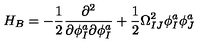
H _ { B } = - \frac { 1 } { 2 } \frac { \partial ^ { 2 } } { \partial \phi _ { I } ^ { a } \partial \phi _ { I } ^ { a } } + \frac { 1 } { 2 } \Omega _ { I J } ^ { 2 } \phi _ { I } ^ { a } \phi _ { J } ^ { a }